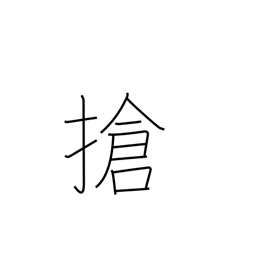
Meaning: assemble